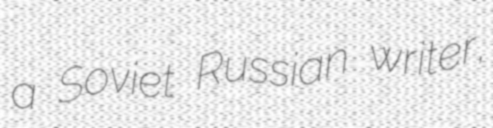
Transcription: a Soviet Russian writer,